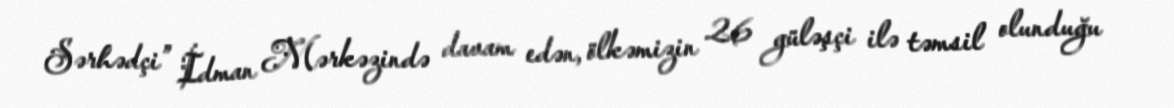
Sərhədçi” İdman Mərkəzində davam edən, ölkəmizin 26 güləşçi ilə təmsil olunduğu